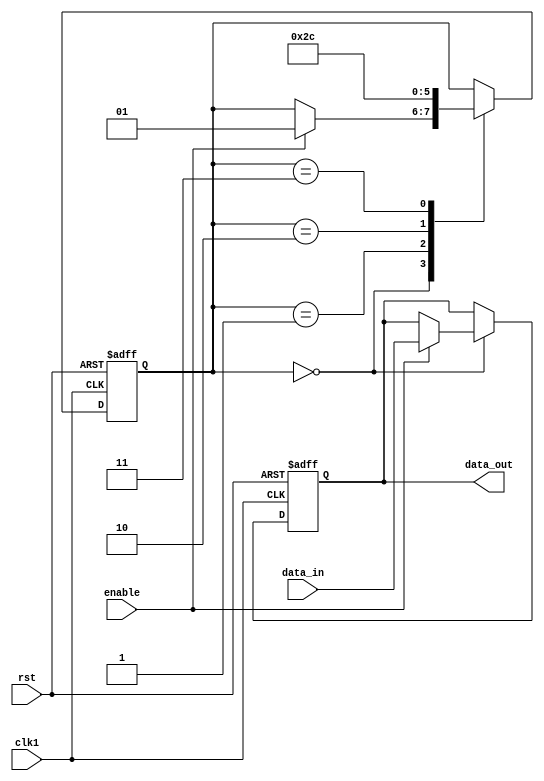
module synchronizer (
    input wire clk1,
    input wire rst,
    input wire data_in,
    output wire data_out,
    input wire enable
);

reg [1:0] state;
reg data_sync;

always @(posedge clk1 or posedge rst) begin
    if (rst) begin
        state <= 2'b00;
        data_sync <= 1'b0;
    end else begin
        case (state)
            2'b00: begin
                if (enable) begin
                    state <= 2'b01;
                    data_sync <= data_in;
                end
            end
            2'b01: begin
                state <= 2'b10;
            end
            2'b10: begin
                state <= 2'b11;
            end
            2'b11: begin
                state <= 2'b00;
            end
        endcase
    end
end

assign data_out = data_sync;

endmodule